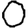
Digit: 0